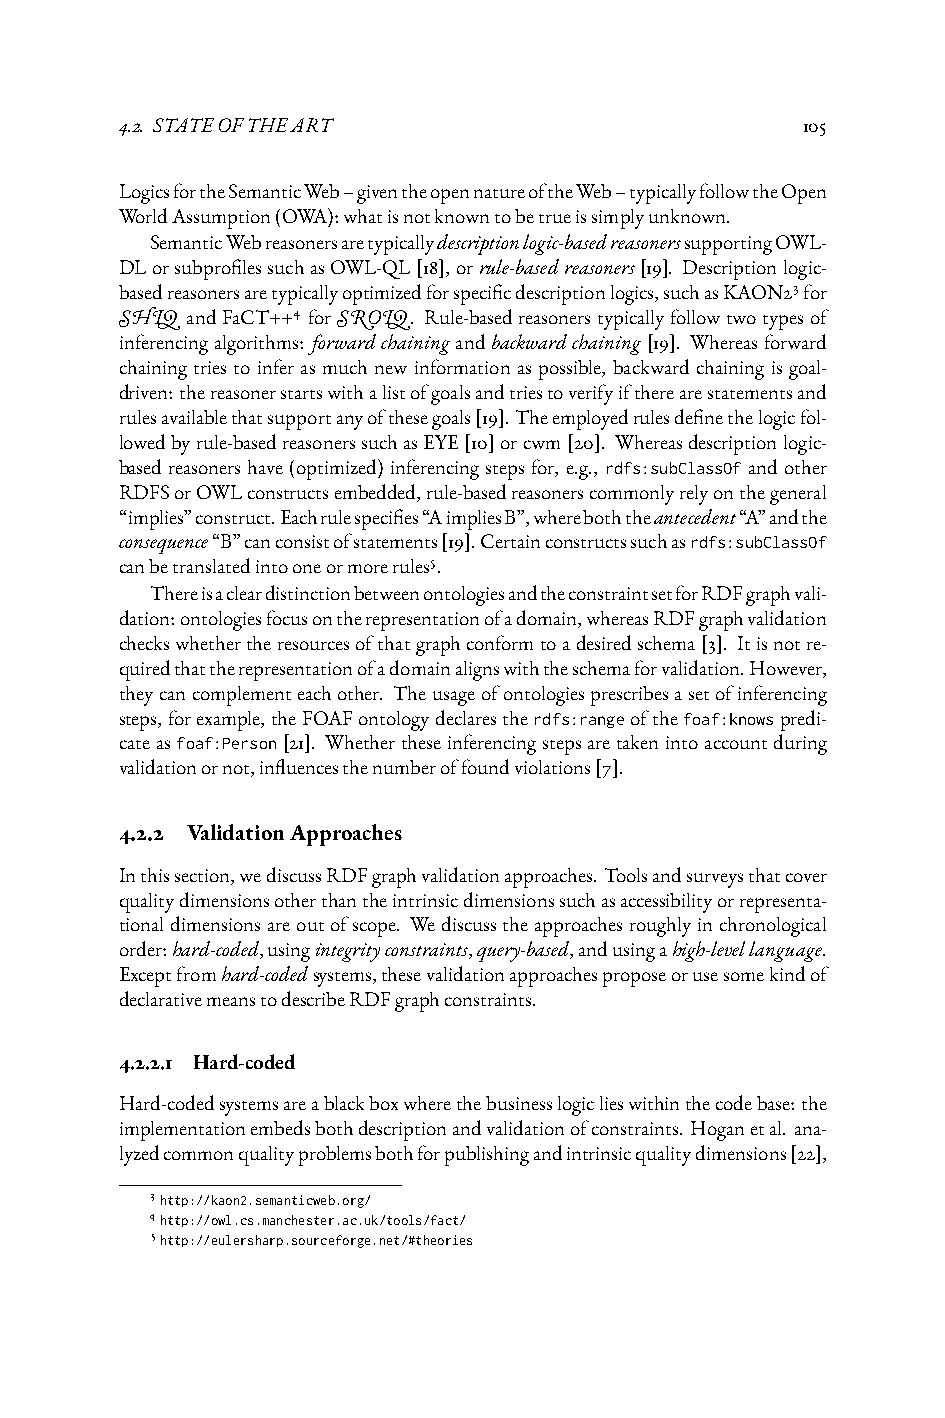
4.2. STATEOFTHEART                           105
 LogicsfortheSemanticWeb–giventheopennatureoftheWeb–typicallyfollowtheOpen
 WorldAssumption(OWA):whatisnotknowntobetrueissimplyunknown.
 SemanticWebreasonersaretypicallydescriptionlogic-basedreasonerssupportingOWL-
 DLorsubprofilessuchasOWL-QL[18],orrule-basedreasoners[19]. Descriptionlogic-
 basedreasonersaretypicallyoptimizedforspecificdescriptionlogics,suchasKAON23for
 SHIQ andFaCT++4 forSROIQ. Rule-basedreasonerstypicallyfollowtwotypesof
 inferencingalgorithms: forwardchainingandbackwardchaining[19]. Whereasforward
 chaining tries to infer as much new information as possible, backward chaining is goal-
 driven:thereasonerstartswithalistofgoalsandtriestoverifyiftherearestatementsand
 rulesavailablethatsupportanyofthesegoals[19].Theemployedrulesdefinethelogicfol-
 lowedbyrule-basedreasonerssuchasEYE[10]orcwm[20]. Whereasdescriptionlogic-
 based reasoners have (optimized) inferencing steps for, e.g., rdfs:subClassOf and other
 RDFSorOWLconstructsembedded,rule-basedreasonerscommonlyrelyonthegeneral
 “implies”construct.Eachrulespecifies“AimpliesB”,whereboththeantecedent“A”andthe
 consequence“B”canconsistofstatements[19].Certainconstructssuchasrdfs:subClassOf
 canbetranslatedintooneormorerules5.
 ThereisacleardistinctionbetweenontologiesandtheconstraintsetforRDFgraphvali-
 dation:ontologiesfocusontherepresentationofadomain,whereasRDFgraphvalidation
 checkswhethertheresourcesofthatgraphconformtoadesiredschema[3]. Itisnotre-
 quiredthattherepresentationofadomainalignswiththeschemaforvalidation.However,
 theycancomplementeachother. Theusageofontologiesprescribesasetofinferencing
 steps,forexample,theFOAFontologydeclarestherdfs:rangeofthefoaf:knowspredi-
 cateasfoaf:Person[21]. Whethertheseinferencingstepsaretakenintoaccountduring
 validationornot,influencesthenumberoffoundviolations[7].
 4.2.2 ValidationApproaches
 Inthissection,wediscussRDFgraphvalidationapproaches.Toolsandsurveysthatcover
 qualitydimensionsotherthantheintrinsicdimensionssuchasaccessibilityorrepresenta-
 tionaldimensionsareoutofscope. Wediscusstheapproachesroughlyinchronological
 order:hard-coded,usingintegrityconstraints,query-based,andusingahigh-levellanguage.
 Exceptfromhard-codedsystems,thesevalidationapproachesproposeorusesomekindof
 declarativemeanstodescribeRDFgraphconstraints.
 4.2.2.1 Hard-coded
 Hard-codedsystemsareablackboxwherethebusinesslogiclieswithinthecodebase:the
 implementationembedsbothdescriptionandvalidationofconstraints. Hoganetal. ana-
 lyzedcommonqualityproblemsbothforpublishingandintrinsicqualitydimensions[22],
 3http://kaon2.semanticweb.org/
 4http://owl.cs.manchester.ac.uk/tools/fact/
 5http://eulersharp.sourceforge.net/#theories